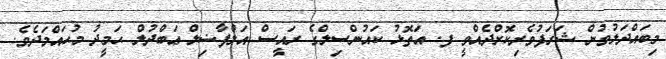
މިބައްދަލުވުން ޝަރަފުވެރިކޮށްދެއްވީ ފ. އަތޮޅު ކައުންސިލްގެ ރައީސް އަލްފާޟިލް ޢަބްދުލް ޙަމީދު މުޙައްމަދެވެ.